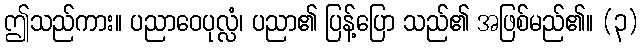
ဤသည်ကား။ ပညာဝေပုလ္လံ၊ ပညာ၏ ပြန့်ပြော သည်၏ အဖြစ်မည်၏။ (၃)